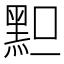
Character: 𪐪